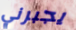
يجبرني